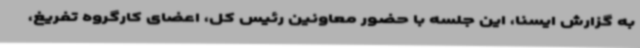
به گزارش ایسنا، این جلسه با حضور معاونین رئیس کل، اعضای کارگروه تفریغ،